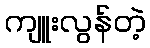
ကျူးလွန်တဲ့